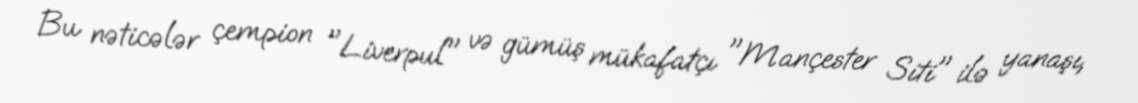
Bu nəticələr çempion "Liverpul" və gümüş mükafatçı "Mançester Siti" ilə yanaşı,